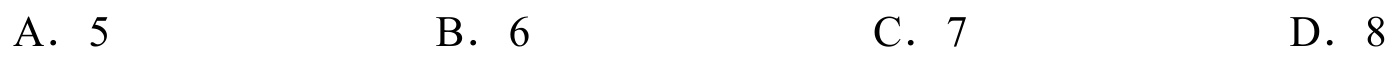
A. \(5\)
B. \(6\)
C. \(7\)
D. \(8\)